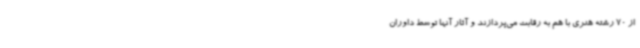
از 70 رشته هنری با هم به رقابت می‌پردازند و آثار آنها توسط داوران